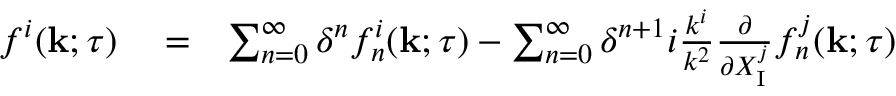
\begin{array} { r l r } { f ^ { i } ( { \bf { k } } ; \tau ) } & { { } = } & { \sum _ { n = 0 } ^ { \infty } \delta ^ { n } f _ { n } ^ { i } ( { \bf { k } } ; \tau ) - \sum _ { n = 0 } ^ { \infty } \delta ^ { n + 1 } i \frac { k ^ { i } } { k ^ { 2 } } \frac { \partial } { \partial X _ { \mathrm { { I } } } ^ { j } } f _ { n } ^ { j } ( { \bf { k } } ; \tau ) } \end{array}